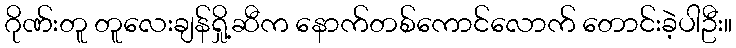
ဂိုဏ်းတူ တူလေးချန်ရှို့ဆီက နောက်တစ်ကောင်လောက် တောင်းခဲ့ပါဦး။